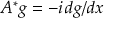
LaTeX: A ^ { * } g = - i \, d g / d x